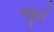
જૂવો